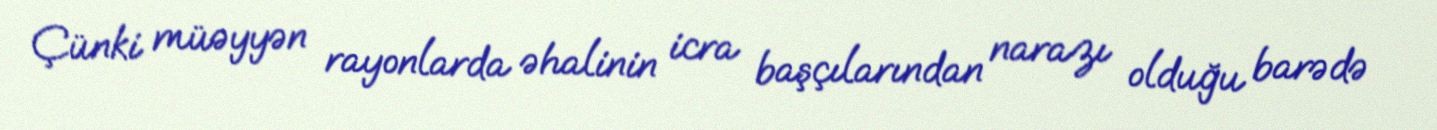
Çünki müəyyən rayonlarda əhalinin icra başçılarından narazı olduğu barədə